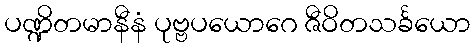
ပဏ္ဍိတမာနီနံ ပုဗ္ဗပယောဂေ ဇီဝိတသင်္ခယော